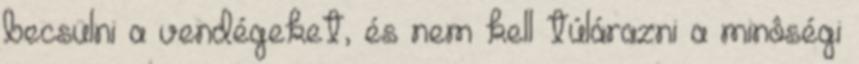
becsülni a vendégeket, és nem kell túlárazni a minôségi